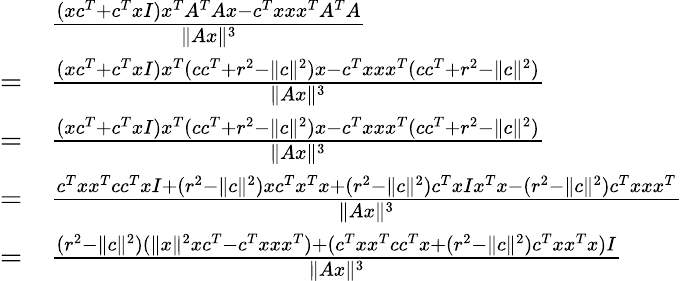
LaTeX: \begin{array}{rl}&{\frac{(xc^{T}+c^{T}xI)x^{T}A^{T}Ax-c^{T}xxx^{T}A^{T}A}{\| Ax\| ^{3}}}\\ {=}&{\frac{(xc^{T}+c^{T}xI)x^{T}(cc^{T}+r^{2}-\| c\| ^{2})x-c^{T}xxx^{T}(cc^{T}+r^{2}-\| c\| ^{2})}{\| Ax\| ^{3}}}\\ {=}&{\frac{(xc^{T}+c^{T}xI)x^{T}(cc^{T}+r^{2}-\| c\| ^{2})x-c^{T}xxx^{T}(cc^{T}+r^{2}-\| c\| ^{2})}{\| Ax\| ^{3}}}\\ {=}&{\frac{c^{T}xx^{T}cc^{T}xI+(r^{2}-\| c\| ^{2})xc^{T}x^{T}x+(r^{2}-\| c\| ^{2})c^{T}xIx^{T}x-(r^{2}-\| c\| ^{2})c^{T}xxx^{T}}{\| Ax\| ^{3}}}\\ {=}&{\frac{(r^{2}-\| c\| ^{2})(\| x\| ^{2}xc^{T}-c^{T}xxx^{T})+(c^{T}xx^{T}cc^{T}x+(r^{2}-\| c\| ^{2})c^{T}xx^{T}x)I}{\| Ax\| ^{3}}}\end{array}